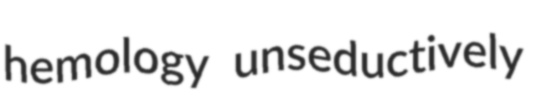
hemology unseductively